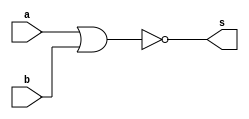
//------------------
// Exercicio_02
// Luiz Marques de Oliveira
// 417138
// -----------------

//--------------
//-- NOR GATE
//--------------

module norgate(output s, input a, input b);
assign  s = ~(a|b) ;
endmodule

//-----------------
//-- test nor gate
//-----------------


module testnorgate;
reg a, b ;
wire s;

norgate NOR1(s,a,b);
initial begin:start
a=0 ; b=0 ;
end


initial begin:main
$display("Exercicio_02 - Luiz Marques de olveira");
$display("NOR GATE");
$display( " ~(a|b) = s");
$monitor("~(%b|%b) = %b", a,b,s);

	#1 a=0 ; b=0;
	#1 a=0 ; b=1;
	#1 a=1 ; b=0;
	#1 a=1 ; b=1;
	
	end
	
	endmodule // test norgate